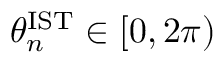
\theta _ { n } ^ { \mathrm { I S T } } \in [ 0 , 2 \pi )